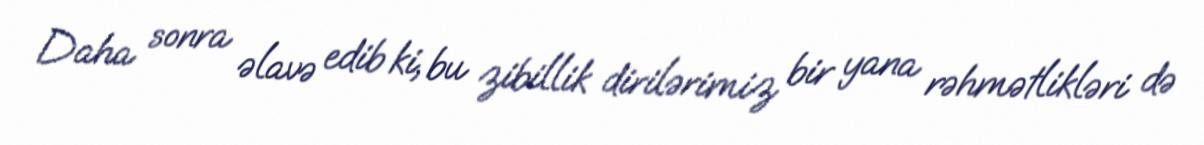
Daha sonra əlavə edib ki, bu zibillik dirilərimiz bir yana rəhmətlikləri də